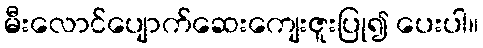
မီးလောင်ပျောက်ဆေးကျေးဇူးပြု၍ ပေးပါ။